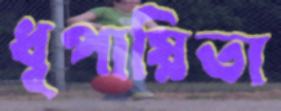
ধূপায়িতা